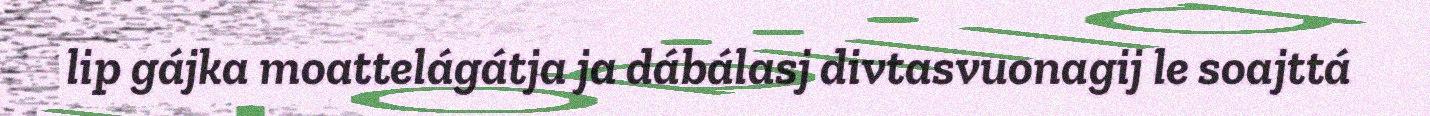
lip gájka moattelágátja ja dábálasj divtasvuonagij le soajttá